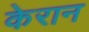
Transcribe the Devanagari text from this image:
केरान